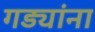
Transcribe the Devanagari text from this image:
गड्यांना